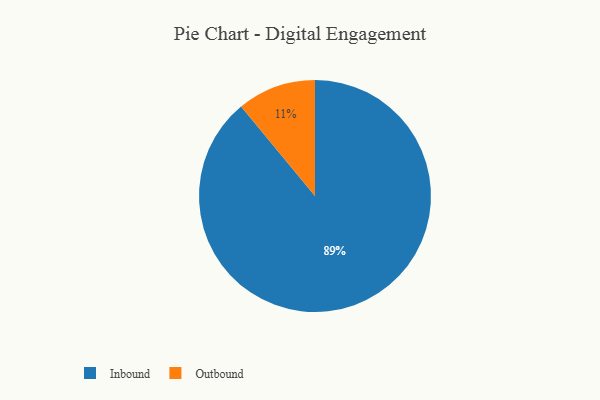
{"axis": {"x": "Category", "y": "Percentage"}, "legend": ["Inbound", "Outbound"], "data": [{"x": "Inbound", "y": 89, "type": "Inbound"}, {"x": "Outbound", "y": 11, "type": "Outbound"}]}